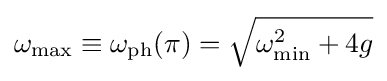
\omega _{\text{max}}\equiv \omega _{\text{ph}}(\pi )={\sqrt {\omega _{\text{min}}^{2}+4g}}